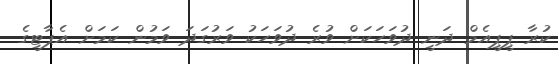
ކުރާ ޕީޕީއެމް ދަނީ ދުވަހަކަށް ވުރެ ދުވަހަކު ވަރުގަދަ ވަމުން ކަމަށް އެޕާޓީގެ